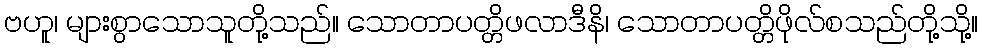
ဗဟူ၊ များစွာသောသူတို့သည်။ သောတာပတ္တိဖလာဒီနိ၊ သောတာပတ္တိဖိုလ်စသည်တို့သို့။